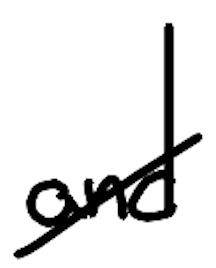
Text: and
Cross-out: diagonal
Writing tool: digital_black